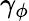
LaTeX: \gamma_{\phi}